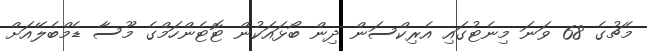
މެޗުގެ 68 ވަނަ މިނެޓުގައި އެރިކްސަން ދިން ބޯޅައަކުން ޓޮޓެންހަމްގެ މޫސާ ޑެމްބެލޭއަށް